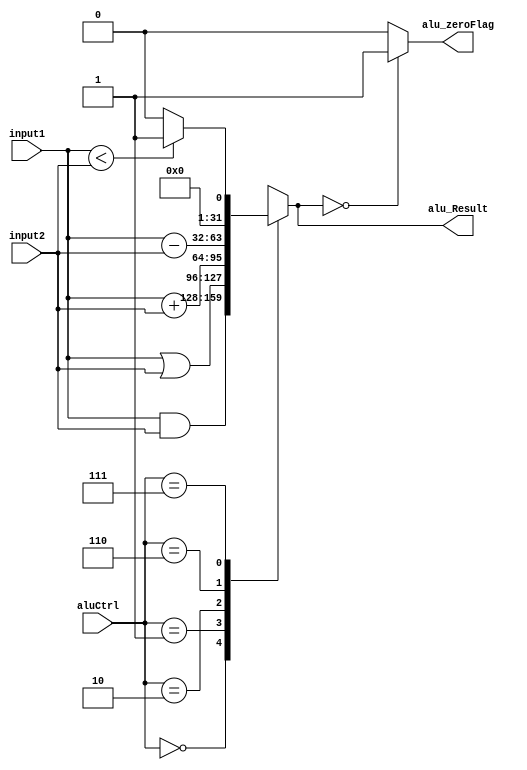
module alu(alu_Result, alu_zeroFlag, input1, input2, aluCtrl);

output reg [31:0] alu_Result;
input [31:0] input1, input2;
output reg alu_zeroFlag;
input [3:0] aluCtrl;

always@(input1 or input2 or aluCtrl)
begin

	case (aluCtrl)
		4'b0000 : alu_Result = input1 & input2; // AND
		4'b0001 : alu_Result = input1 | input2; // OR
		4'b0010 : alu_Result = input1 + input2; // ADD
		4'b0110 : alu_Result = input1 - input2; // SUBTRACT
		4'b0111 : if (input1 < input2) alu_Result = 32'd1; 
			else alu_Result = 32'd0; //SLT 
		default : alu_Result = 32'hxxxxxxxx;
	endcase

	if (alu_Result == 32'd0)
		alu_zeroFlag = 1;
	else 
		alu_zeroFlag = 0;

end
endmodule 

module testALU();

wire [31:0] alu_Result;
reg [31:0] input1, input2;
wire alu_zeroFlag;
reg [3:0] aluCtrl;

alu a(alu_Result, alu_zeroFlag, input1, input2, aluCtrl);
initial begin
	input1 = 32'd1;
	input2 = 32'd1;
	end

always
	begin
		#100
		aluCtrl = 4'b0000; // AND
		#100
		aluCtrl = 4'b0001; // OR
		#100
		aluCtrl = 4'b0010; // ADD
		#100
		aluCtrl = 4'b0110; // SUBTRACT
		#100
		aluCtrl = 4'b0111; //SLT
		//#100
	end
endmodule